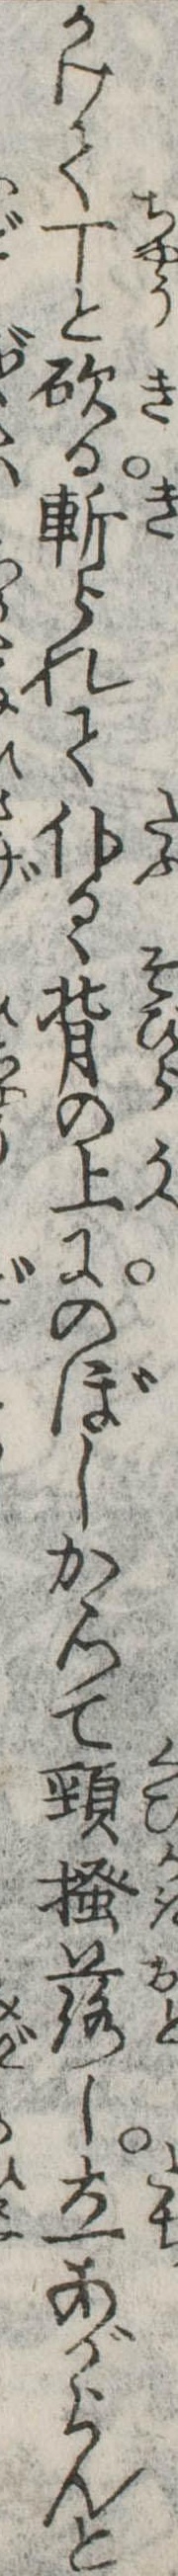
かけて丁と砍る斬られて仆るゝ背の上にのぼしかゝつて頸掻落し立あがらんと